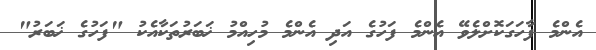
އެންމެ ފާހަގަކޮށްލެވޭ އެންމެ ފަހުގެ އަދި އެންމެ މުހިއްމު ޚަބަރުތަކާއެކު "ފަހުގެ ޚަބަރު"